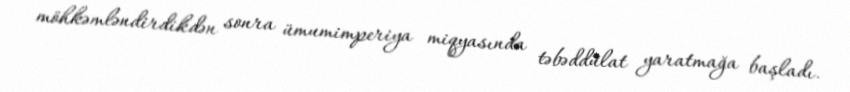
möhkəmləndirdikdən sonra ümumimperiya miqyasında təbəddülat yaratmağa başladı.